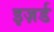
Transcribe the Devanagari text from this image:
इज़र्ड